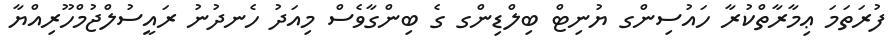
ފުރަތަމަ ޢިމާރާތްކުރާ ހައުސިންގ ޔުނިޓް ބިލްޑިންގ ގެ ބިންގާވެސް މިއަދު ހެނދުނު ރައީސުލްޖުމްހޫރިއްޔާ